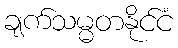
ချက်သမ္မတနိုင်ငံ